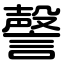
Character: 謦